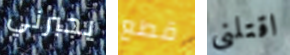
يجبرني قطع اقتلني